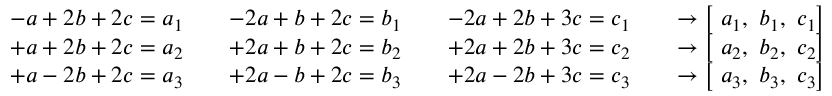
{ \begin{array} { r l } & { { \begin{array} { l l l l } { - a + 2 b + 2 c = a _ { 1 } \quad } & { - 2 a + b + 2 c = b _ { 1 } \quad } & { - 2 a + 2 b + 3 c = c _ { 1 } } & { \quad \to \left[ { \mathrm { ~ } } a _ { 1 } , { \mathrm { ~ } } b _ { 1 } , { \mathrm { ~ } } c _ { 1 } \right] } \end{array} } } \\ & { { \begin{array} { l l l l } { + a + 2 b + 2 c = { { a } _ { 2 } } \quad } & { + 2 a + b + 2 c = { { b } _ { 2 } } \quad } & { + 2 a + 2 b + 3 c = { { c } _ { 2 } } } & { \quad \to \left[ { \mathrm { ~ } } { { a } _ { 2 } } , { \mathrm { ~ } } { { b } _ { 2 } } , { \mathrm { ~ } } { { c } _ { 2 } } \right] } \end{array} } } \\ & { { \begin{array} { l l l l } { + a - 2 b + 2 c = { { a } _ { 3 } } \quad } & { + 2 a - b + 2 c = { { b } _ { 3 } } \quad } & { + 2 a - 2 b + 3 c = { { c } _ { 3 } } } & { \quad \to \left[ { \mathrm { ~ } } { { a } _ { 3 } } , { \mathrm { ~ } } { { b } _ { 3 } } , { \mathrm { ~ } } { { c } _ { 3 } } \right] } \end{array} } } \\ & { } \end{array} }